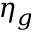
\eta _ { g }